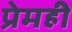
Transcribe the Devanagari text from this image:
प्रेमही